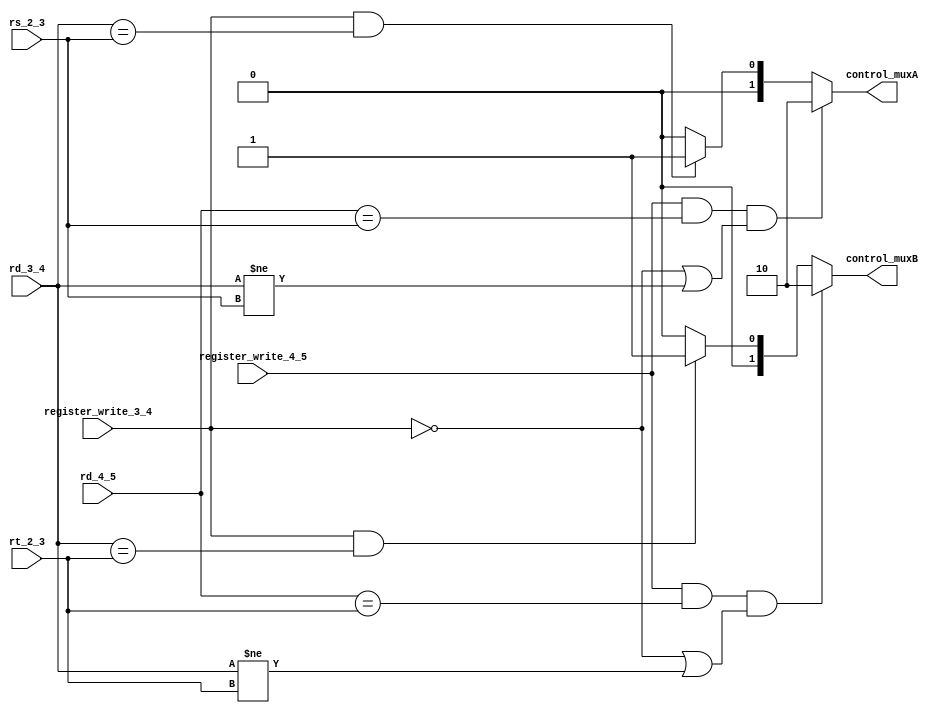
`timescale 1ns / 1ps
//////////////////////////////////////////////////////////////////////////////////
// Company: 
// Engineer: 
// 
// Design Name: 
// Module Name: decoder
// Project Name: 
// Target Devices: 
// Tool Versions: 
// Description: 
// 
// Dependencies: 
// 
// Revision:
// Revision 0.01 - File Created
// Additional Comments:
// 
//////////////////////////////////////////////////////////////////////////////////


module forwarding_unit #(
	parameter len = 32,
	parameter NB = $clog2(len)
	)(
	input register_write_3_4,	// flag
	input register_write_4_5,	// flag
	input [NB-1:0] rd_3_4,		// registro ya calculado, a forwardear
	input [NB-1:0] rd_4_5,		// registro ya calculado, a forwardear
	input [NB-1:0] rs_2_3,		// registro de instr siguiente que puede necesitar forwarding
	input [NB-1:0] rt_2_3,		// registro de instr siguiente que puede necesitar forwarding
    
	output reg [1:0] control_muxA,	// control mux entrada A de la ALU 
	output reg [1:0] control_muxB 	// control mux entrada B de la ALU
    );

	always @(*) begin
		if(register_write_4_5 == 1 & rd_4_5 == rs_2_3 & (register_write_3_4 == 0 | rd_3_4 != rs_2_3))
			control_muxA <= 2'b10;
		else if (register_write_3_4 == 1 & rd_3_4 == rs_2_3)
			control_muxA <= 2'b01;
		else
			control_muxA <= 2'b00;


		if(register_write_4_5 == 1 & rd_4_5 == rt_2_3 & (register_write_3_4 == 0 | rd_3_4 != rt_2_3))
			control_muxB <= 2'b10;
		else if (register_write_3_4 == 1 & rd_3_4 == rt_2_3)
			control_muxB <= 2'b01;
		else
			control_muxB <= 2'b00;
	end

endmodule